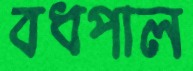
বধপাল